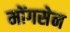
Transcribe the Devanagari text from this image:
मोंगसेन